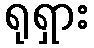
ရုရှား